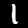
Label: 1